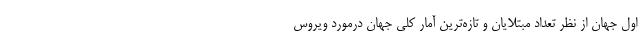
اول جهان از نظر تعداد مبتلایان و تازه‌ترین آمار کلی جهان درمورد ویروس